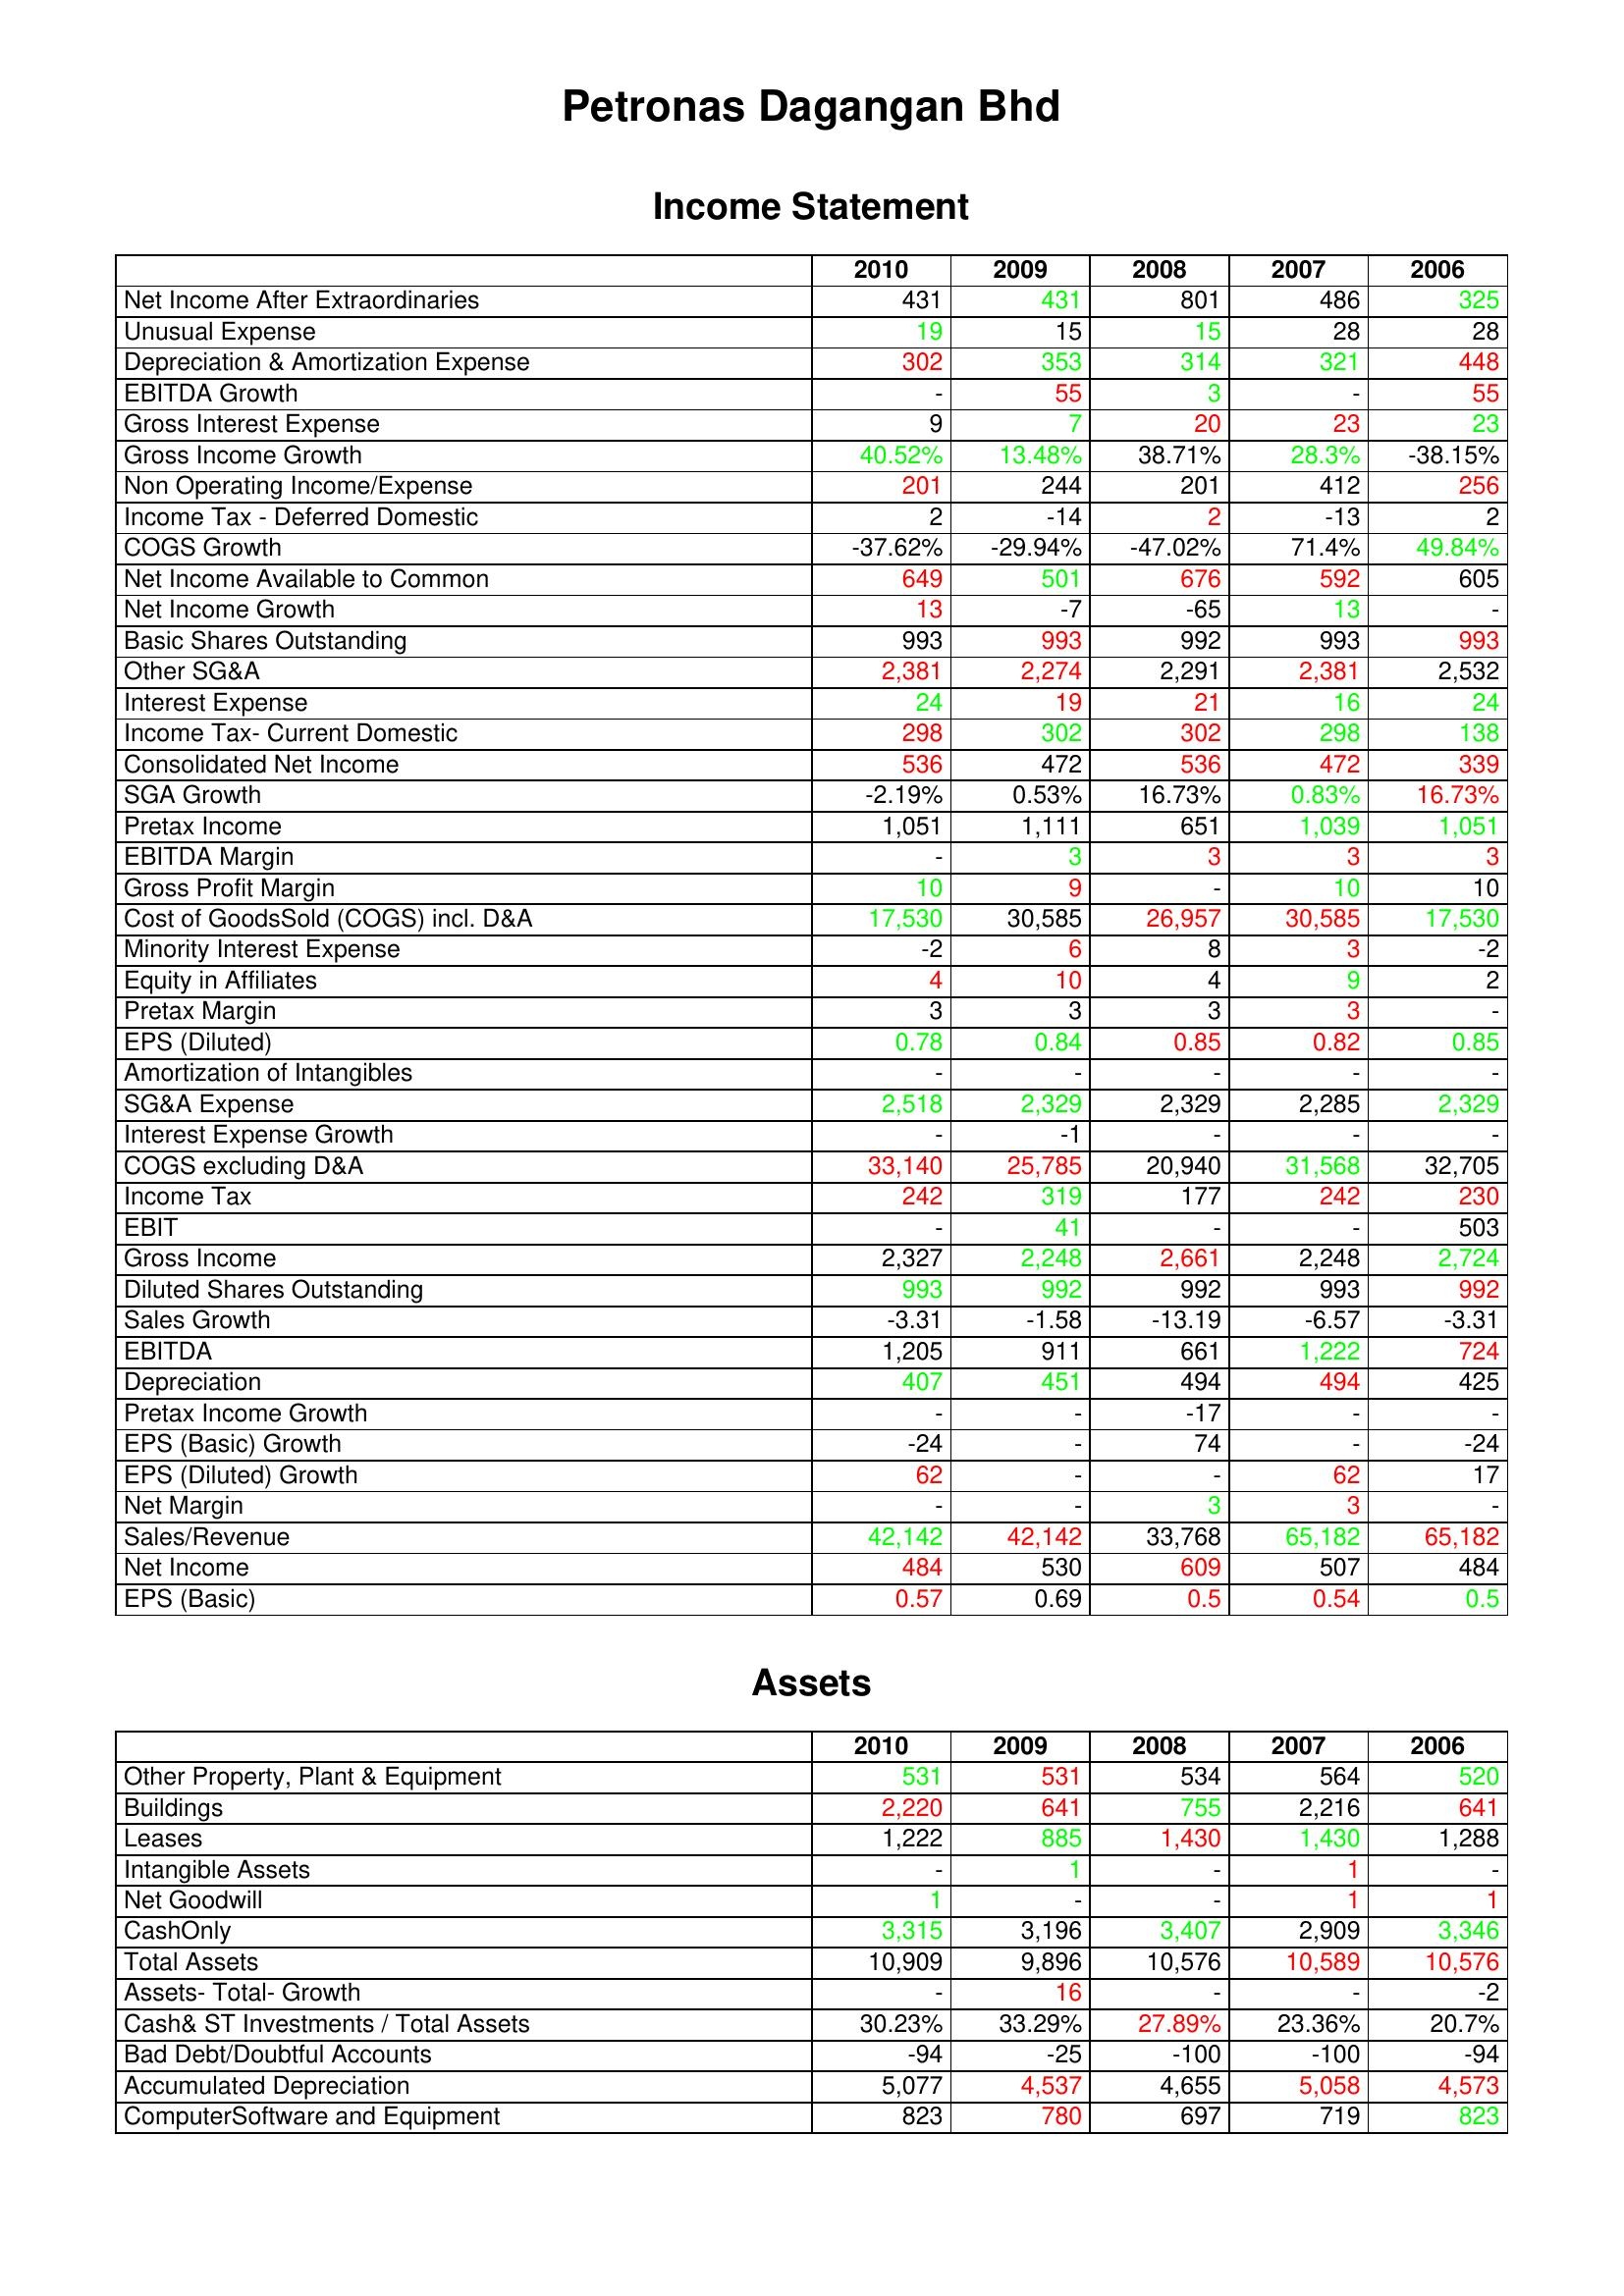
gt_parse: 2010: Income Statement: Net Income After Extraordinaries: 431
Unusual Expense: 19
Depreciation & Amortization Expense: 302
EBITDA Growth: -
Gross Interest Expense: 9
Gross Income Growth: 40.52%
Non Operating Income/Expense: 201
Income Tax - Deferred Domestic: 2
COGS Growth: -37.62%
Net Income Available to Common: 649
Net Income Growth: 13
Basic Shares Outstanding: 993
Other SG&A: 2,381
Interest Expense: 24
Income Tax- Current Domestic: 298
Consolidated Net Income: 536
SGA Growth: -2.19%
Pretax Income: 1,051
EBITDA Margin: -
Gross Profit Margin: 10
Cost of GoodsSold (COGS) incl. D&A: 17,530
Minority Interest Expense: -2
Equity in Affiliates: 4
Pretax Margin: 3
EPS (Diluted): 0.78
Amortization of Intangibles: -
SG&A Expense: 2,518
Interest Expense Growth: -
COGS excluding D&A: 33,140
Income Tax: 242
EBIT: -
Gross Income: 2,327
Diluted Shares Outstanding: 993
Sales Growth: -3.31
EBITDA: 1,205
Depreciation: 407
Pretax Income Growth: -
EPS (Basic) Growth: -24
EPS (Diluted) Growth: 62
Net Margin: -
Sales/Revenue: 42,142
Net Income: 484
EPS (Basic): 0.57
Assets: Other Property, Plant & Equipment: 531
Buildings: 2,220
Leases: 1,222
Intangible Assets: -
Net Goodwill: 1
CashOnly: 3,315
Total Assets: 10,909
Assets- Total- Growth: -
Cash& ST Investments / Total Assets: 30.23%
Bad Debt/Doubtful Accounts: -94
Accumulated Depreciation: 5,077
ComputerSoftware and Equipment: 823
2009: Income Statement: Net Income After Extraordinaries: 431
Unusual Expense: 15
Depreciation & Amortization Expense: 353
EBITDA Growth: 55
Gross Interest Expense: 7
Gross Income Growth: 13.48%
Non Operating Income/Expense: 244
Income Tax - Deferred Domestic: -14
COGS Growth: -29.94%
Net Income Available to Common: 501
Net Income Growth: -7
Basic Shares Outstanding: 993
Other SG&A: 2,274
Interest Expense: 19
Income Tax- Current Domestic: 302
Consolidated Net Income: 472
SGA Growth: 0.53%
Pretax Income: 1,111
EBITDA Margin: 3
Gross Profit Margin: 9
Cost of GoodsSold (COGS) incl. D&A: 30,585
Minority Interest Expense: 6
Equity in Affiliates: 10
Pretax Margin: 3
EPS (Diluted): 0.84
Amortization of Intangibles: -
SG&A Expense: 2,329
Interest Expense Growth: -1
COGS excluding D&A: 25,785
Income Tax: 319
EBIT: 41
Gross Income: 2,248
Diluted Shares Outstanding: 992
Sales Growth: -1.58
EBITDA: 911
Depreciation: 451
Pretax Income Growth: -
EPS (Basic) Growth: -
EPS (Diluted) Growth: -
Net Margin: -
Sales/Revenue: 42,142
Net Income: 530
EPS (Basic): 0.69
Assets: Other Property, Plant & Equipment: 531
Buildings: 641
Leases: 885
Intangible Assets: 1
Net Goodwill: -
CashOnly: 3,196
Total Assets: 9,896
Assets- Total- Growth: 16
Cash& ST Investments / Total Assets: 33.29%
Bad Debt/Doubtful Accounts: -25
Accumulated Depreciation: 4,537
ComputerSoftware and Equipment: 780
2008: Income Statement: Net Income After Extraordinaries: 801
Unusual Expense: 15
Depreciation & Amortization Expense: 314
EBITDA Growth: 3
Gross Interest Expense: 20
Gross Income Growth: 38.71%
Non Operating Income/Expense: 201
Income Tax - Deferred Domestic: 2
COGS Growth: -47.02%
Net Income Available to Common: 676
Net Income Growth: -65
Basic Shares Outstanding: 992
Other SG&A: 2,291
Interest Expense: 21
Income Tax- Current Domestic: 302
Consolidated Net Income: 536
SGA Growth: 16.73%
Pretax Income: 651
EBITDA Margin: 3
Gross Profit Margin: -
Cost of GoodsSold (COGS) incl. D&A: 26,957
Minority Interest Expense: 8
Equity in Affiliates: 4
Pretax Margin: 3
EPS (Diluted): 0.85
Amortization of Intangibles: -
SG&A Expense: 2,329
Interest Expense Growth: -
COGS excluding D&A: 20,940
Income Tax: 177
EBIT: -
Gross Income: 2,661
Diluted Shares Outstanding: 992
Sales Growth: -13.19
EBITDA: 661
Depreciation: 494
Pretax Income Growth: -17
EPS (Basic) Growth: 74
EPS (Diluted) Growth: -
Net Margin: 3
Sales/Revenue: 33,768
Net Income: 609
EPS (Basic): 0.5
Assets: Other Property, Plant & Equipment: 534
Buildings: 755
Leases: 1,430
Intangible Assets: -
Net Goodwill: -
CashOnly: 3,407
Total Assets: 10,576
Assets- Total- Growth: -
Cash& ST Investments / Total Assets: 27.89%
Bad Debt/Doubtful Accounts: -100
Accumulated Depreciation: 4,655
ComputerSoftware and Equipment: 697
2007: Income Statement: Net Income After Extraordinaries: 486
Unusual Expense: 28
Depreciation & Amortization Expense: 321
EBITDA Growth: -
Gross Interest Expense: 23
Gross Income Growth: 28.3%
Non Operating Income/Expense: 412
Income Tax - Deferred Domestic: -13
COGS Growth: 71.4%
Net Income Available to Common: 592
Net Income Growth: 13
Basic Shares Outstanding: 993
Other SG&A: 2,381
Interest Expense: 16
Income Tax- Current Domestic: 298
Consolidated Net Income: 472
SGA Growth: 0.83%
Pretax Income: 1,039
EBITDA Margin: 3
Gross Profit Margin: 10
Cost of GoodsSold (COGS) incl. D&A: 30,585
Minority Interest Expense: 3
Equity in Affiliates: 9
Pretax Margin: 3
EPS (Diluted): 0.82
Amortization of Intangibles: -
SG&A Expense: 2,285
Interest Expense Growth: -
COGS excluding D&A: 31,568
Income Tax: 242
EBIT: -
Gross Income: 2,248
Diluted Shares Outstanding: 993
Sales Growth: -6.57
EBITDA: 1,222
Depreciation: 494
Pretax Income Growth: -
EPS (Basic) Growth: -
EPS (Diluted) Growth: 62
Net Margin: 3
Sales/Revenue: 65,182
Net Income: 507
EPS (Basic): 0.54
Assets: Other Property, Plant & Equipment: 564
Buildings: 2,216
Leases: 1,430
Intangible Assets: 1
Net Goodwill: 1
CashOnly: 2,909
Total Assets: 10,589
Assets- Total- Growth: -
Cash& ST Investments / Total Assets: 23.36%
Bad Debt/Doubtful Accounts: -100
Accumulated Depreciation: 5,058
ComputerSoftware and Equipment: 719
2006: Income Statement: Net Income After Extraordinaries: 325
Unusual Expense: 28
Depreciation & Amortization Expense: 448
EBITDA Growth: 55
Gross Interest Expense: 23
Gross Income Growth: -38.15%
Non Operating Income/Expense: 256
Income Tax - Deferred Domestic: 2
COGS Growth: 49.84%
Net Income Available to Common: 605
Net Income Growth: -
Basic Shares Outstanding: 993
Other SG&A: 2,532
Interest Expense: 24
Income Tax- Current Domestic: 138
Consolidated Net Income: 339
SGA Growth: 16.73%
Pretax Income: 1,051
EBITDA Margin: 3
Gross Profit Margin: 10
Cost of GoodsSold (COGS) incl. D&A: 17,530
Minority Interest Expense: -2
Equity in Affiliates: 2
Pretax Margin: -
EPS (Diluted): 0.85
Amortization of Intangibles: -
SG&A Expense: 2,329
Interest Expense Growth: -
COGS excluding D&A: 32,705
Income Tax: 230
EBIT: 503
Gross Income: 2,724
Diluted Shares Outstanding: 992
Sales Growth: -3.31
EBITDA: 724
Depreciation: 425
Pretax Income Growth: -
EPS (Basic) Growth: -24
EPS (Diluted) Growth: 17
Net Margin: -
Sales/Revenue: 65,182
Net Income: 484
EPS (Basic): 0.5
Assets: Other Property, Plant & Equipment: 520
Buildings: 641
Leases: 1,288
Intangible Assets: -
Net Goodwill: 1
CashOnly: 3,346
Total Assets: 10,576
Assets- Total- Growth: -2
Cash& ST Investments / Total Assets: 20.7%
Bad Debt/Doubtful Accounts: -94
Accumulated Depreciation: 4,573
ComputerSoftware and Equipment: 823